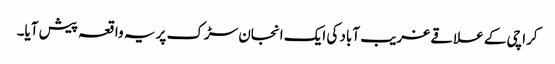
کراچی کے علاقے غریب آباد کی ایک انجان سڑک پر یہ واقعہ پیش آیا۔